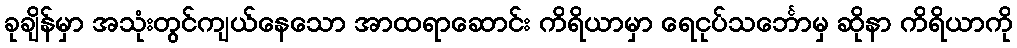
ခုချိန်မှာ အသုံးတွင်ကျယ်နေသော အာထရာဆောင်း ကိရိယာမှာ ရေငုပ်သင်္ဘောမှ ဆိုနာ ကိရိယာကို